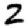
Digit: 2